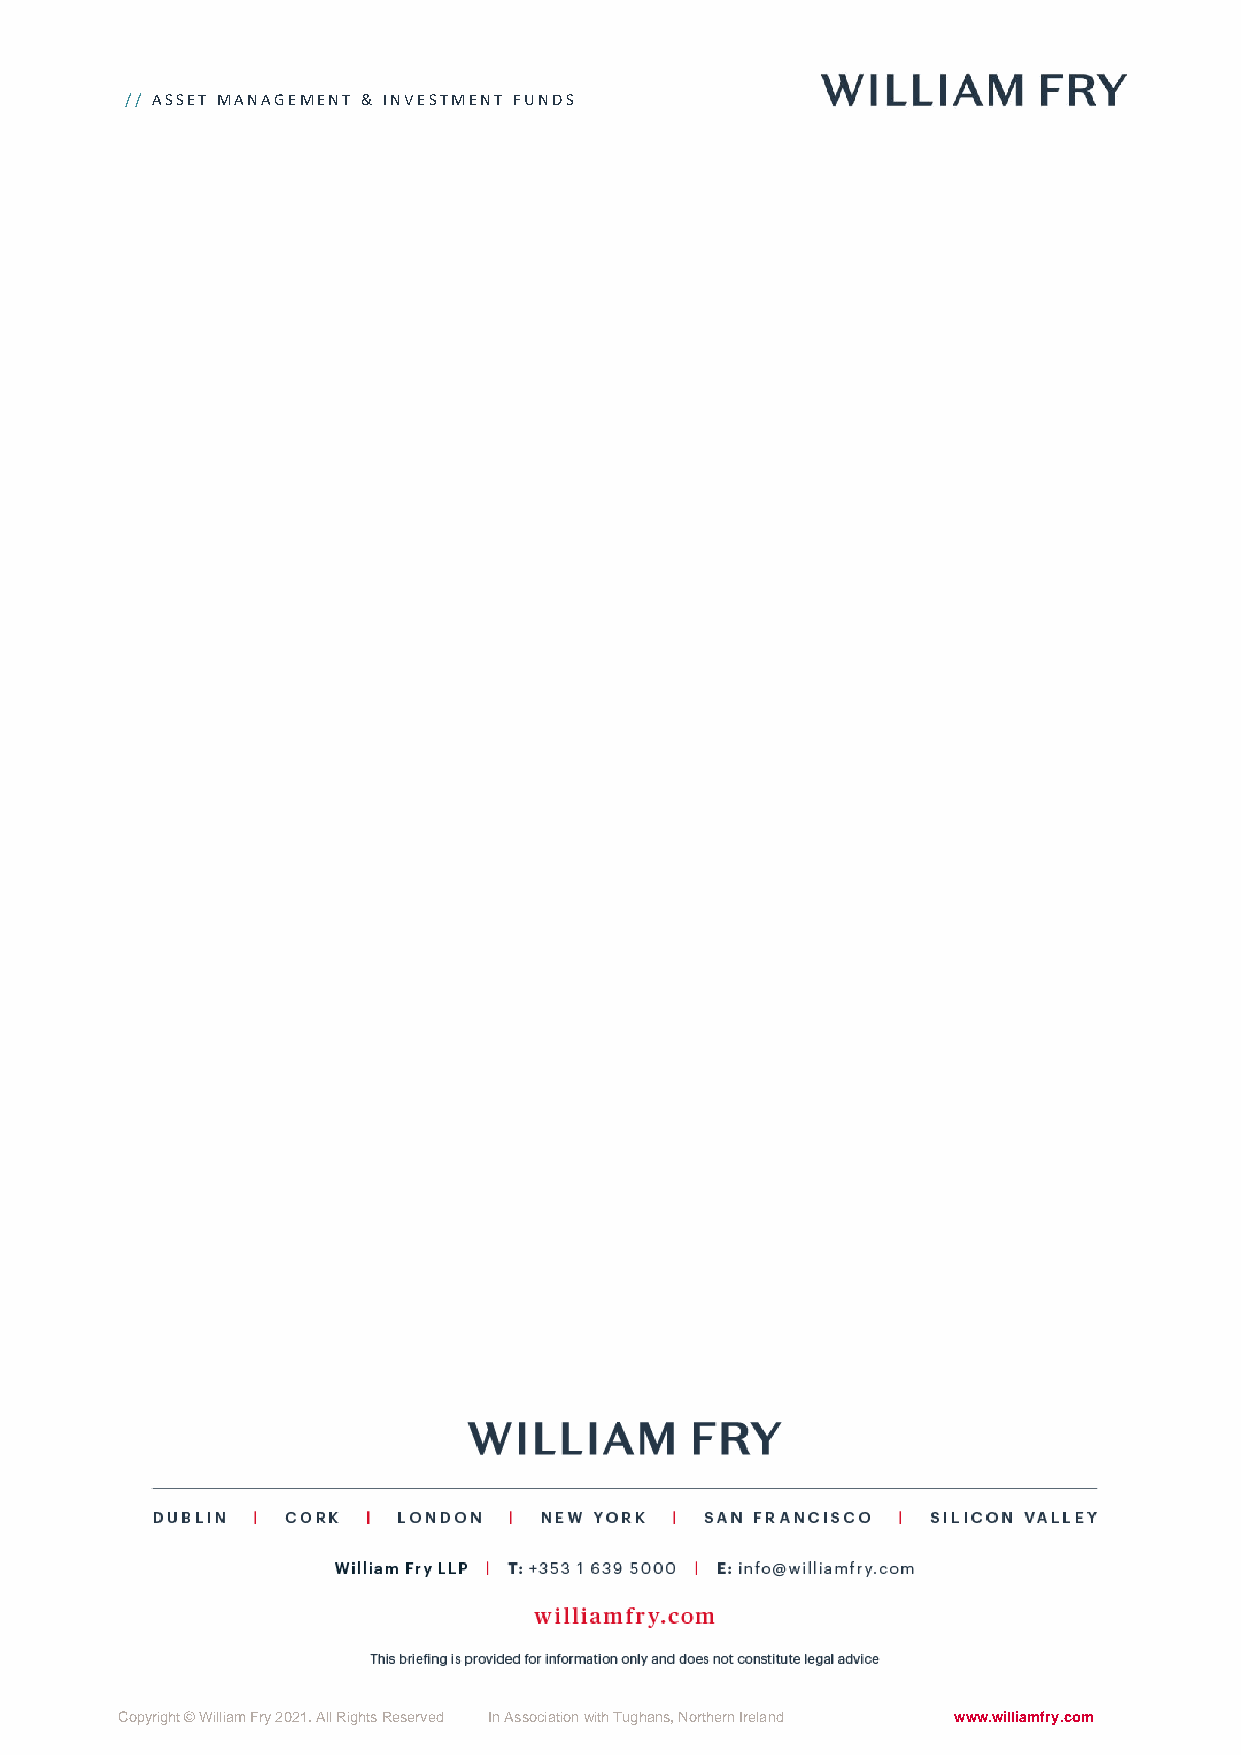
// ASSET MANAGEMENT & INVESTMENT FUNDS
 Copyright © William Fry 2021. All Rights Reserved In Association with Tughans, Northern Ireland www.williamfry.com